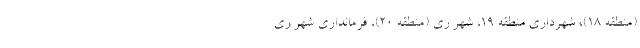
(منطقه ۱۸)، شهرداری منطقه ۱۹، شهر ری (منطقه ۲۰)، فرمانداری شهر ری